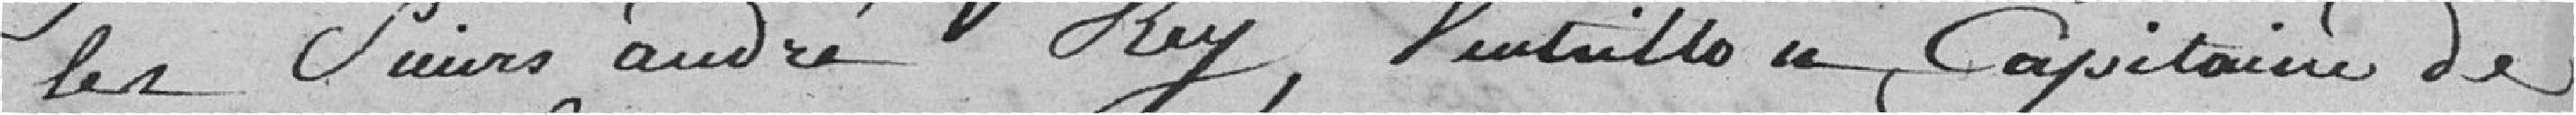
les sieurs André Rey, Ventrillon capitaine de